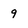
Character: 9